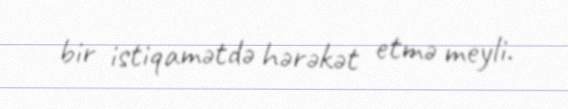
bir istiqamətdə hərəkət etmə meyli.